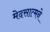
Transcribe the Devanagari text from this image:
मेदसात्मने